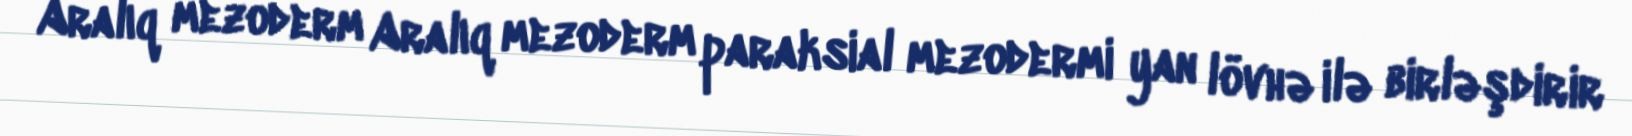
Aralıq mezoderm Aralıq mezoderm paraksial mezodermi yan lövhə ilə birləşdirir